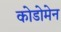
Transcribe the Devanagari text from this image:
कोडोमेन